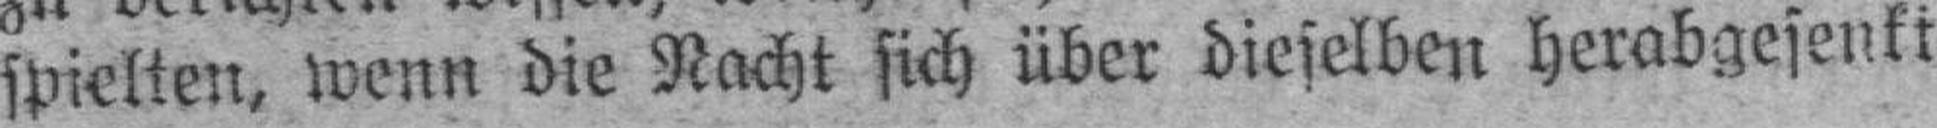
spielten, wenn die Nacht sich über dieselben herabgesenki